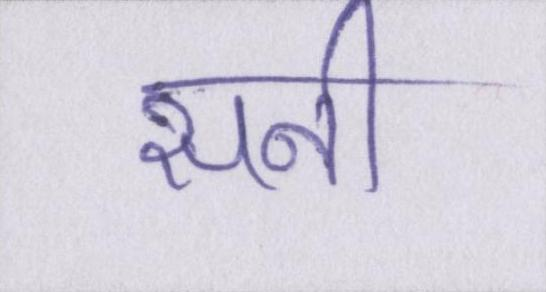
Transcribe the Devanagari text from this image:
सनी